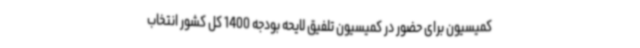
کمیسیون برای حضور در کمیسیون تلفیق لایحه بودجه 1400 کل کشور انتخاب